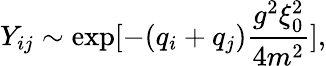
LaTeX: Y_{ij}\sim\exp[-(q_{i}+q_{j}){\frac{g^{2}\xi_{0}^{2}}{4m^{2}}}],